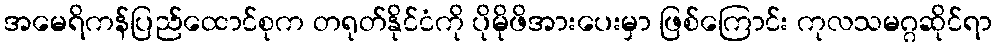
အမေရိကန်ပြည်ထောင်စုက တရုတ်နိုင်ငံကို ပိုမိုဖိအားပေးမှာ ဖြစ်ကြောင်း ကုလသမဂ္ဂဆိုင်ရာ